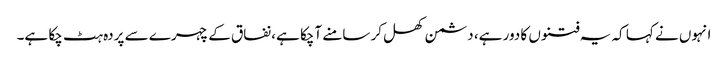
انہوں نے کہا کہ یہ فتنوں کا دور ہے، دشمن کھل کر سامنے آچکا ہے، نفاق کے چہرے سے پردہ ہٹ چکا ہے۔